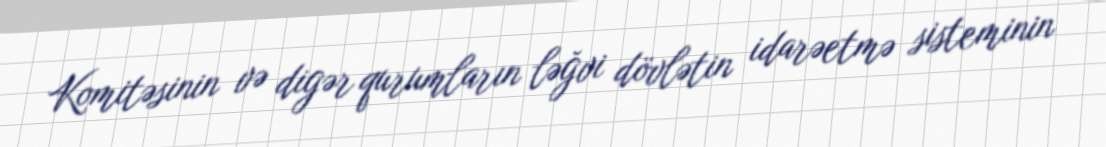
Komitəsinin və digər qurumların ləğvi dövlətin idarəetmə sisteminin